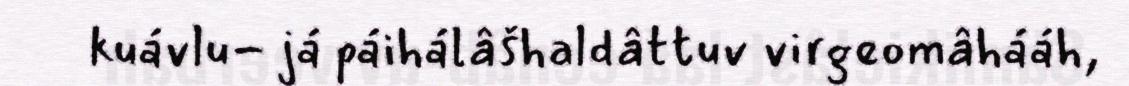
kuávlu- já páihálâšhaldâttuv virgeomâhááh,